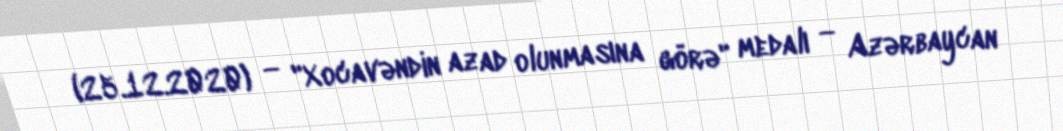
(25.12.2020) — "Xocavəndin azad olunmasına görə" medalı — Azərbaycan